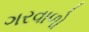
ગરવાળો